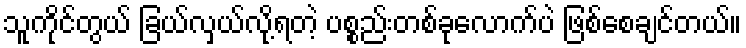
သူကိုင်တွယ် ခြယ်လှယ်လို့ရတဲ့ ပစ္စည်းတစ်ခုလောက်ပဲ ဖြစ်စေချင်တယ်။